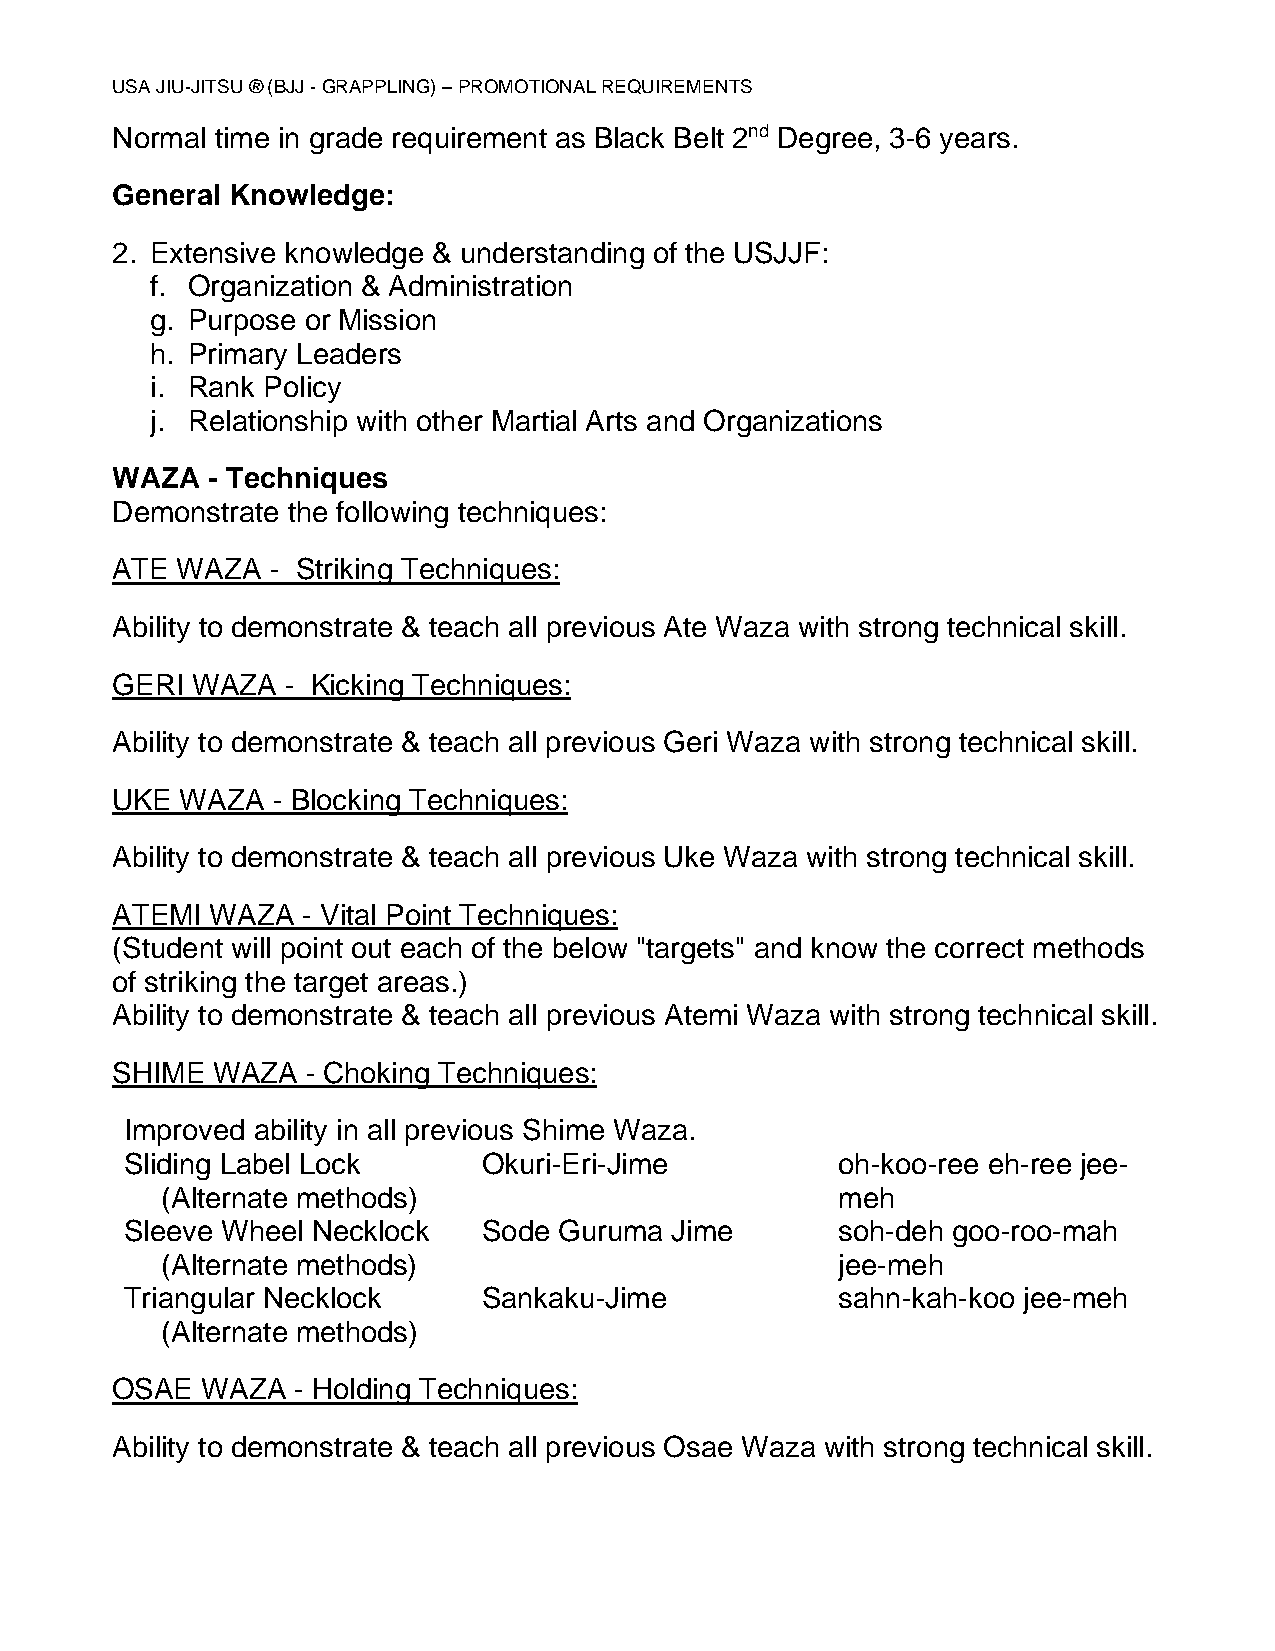
USA JIU-JITSU ® (BJJ - GRAPPLING) – PROMOTIONAL REQUIREMENTS
 Normal time in grade requirement as Black Belt 2nd Degree, 3-6 years.
 General Knowledge:
 2. Extensive knowledge & understanding of the USJJF:
 f. Organization & Administration
 g. Purpose or Mission
 h. Primary Leaders
 i. Rank Policy
 j. Relationship with other Martial Arts and Organizations
 WAZA   - Techniques
 Demonstrate the following techniques:
 ATE  WAZA  - Striking Techniques:
 Ability to demonstrate & teach all previous Ate Waza with strong technical skill.
 GERI  WAZA  - Kicking Techniques:
 Ability to demonstrate & teach all previous Geri Waza with strong technical skill.
 UKE  WAZA  - Blocking Techniques:
 Ability to demonstrate & teach all previous Uke Waza with strong technical skill.
 ATEMI  WAZA  - Vital Point Techniques:
 (Student will point out each of the below "targets" and know the correct methods
 of striking the target areas.)
 Ability to demonstrate & teach all previous Atemi Waza with strong technical skill.
 SHIME  WAZA  - Choking Techniques:
 Improved ability in all previous Shime Waza.
 Sliding Label Lock      Okuri-Eri-Jime         oh-koo-ree eh-ree jee-
 (Alternate methods)                         meh
 Sleeve Wheel Necklock   Sode Guruma Jime       soh-deh goo-roo-mah
 (Alternate methods)                         jee-meh
 Triangular Necklock     Sankaku-Jime           sahn-kah-koo jee-meh
 (Alternate methods)
 OSAE  WAZA  - Holding Techniques:
 Ability to demonstrate & teach all previous Osae Waza with strong technical skill.